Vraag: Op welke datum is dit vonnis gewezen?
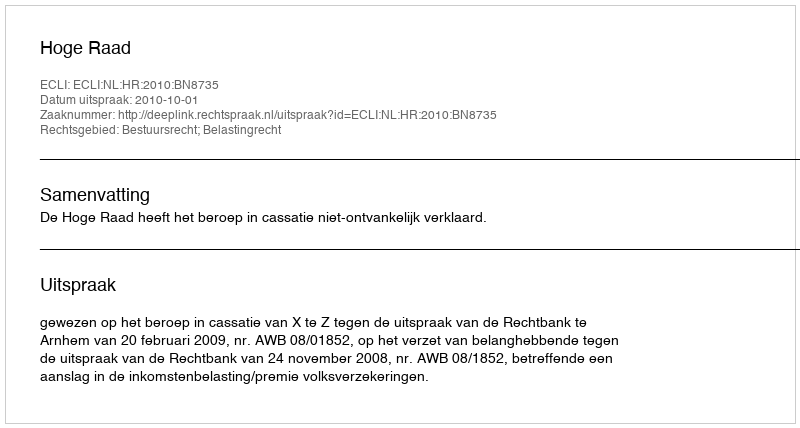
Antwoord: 2010-10-01